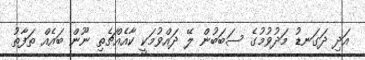
އަދި ދަގަނޑު މަދުވުމުގެ ސަބަބުން ލޭ ދައްވުމަކީ ކާއެއްޗެތި ނޫން ބައެއް ތަފާތު